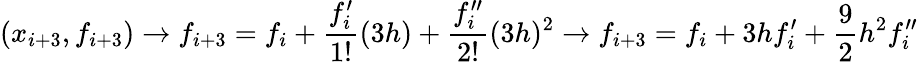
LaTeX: (x_{i+3},f_{i+3})\rightarrow f_{i+3}=f_{i}+\frac{f_{i}^{\prime}}{1!}(3h)+\frac{f_{i}^{\prime\prime}}{2!}(3h)^{2}\rightarrow f_{i+3}=f_{i}+3hf_{i}^{\prime}+\frac{9}{2}h^{2}f_{i}^{\prime\prime}